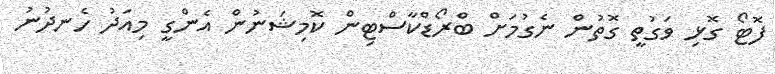
ފޮޓޯ ގޮޅި ވަގުތީ ގޮތުން ނެގުމަށް ބްރޯޑްކާސްޓިން ކޮމިޝަނުން އެންގީ މިއަދު ހެނދުނު